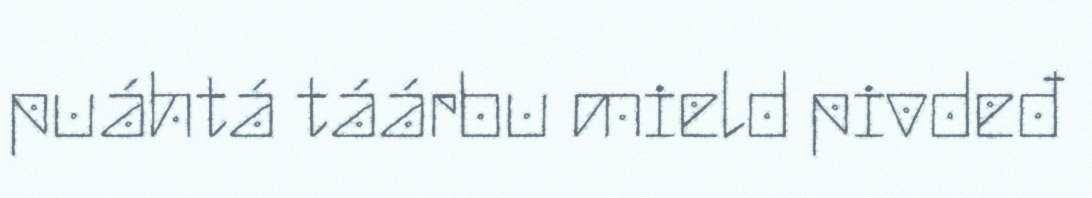
puáhtá táárbu mield pivdeđ